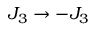
J _ { 3 } \to - J _ { 3 }